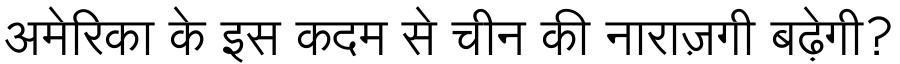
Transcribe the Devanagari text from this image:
अमेरिका के इस कदम से चीन की नाराज़गी बढ़ेगी?